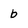
Character: b